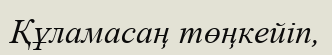
Құламасаң төңкейіп,